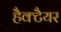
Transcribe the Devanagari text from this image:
हैक्टैयर